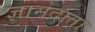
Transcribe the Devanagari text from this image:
ज्ञानदाता